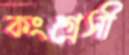
কংগ্রেসী